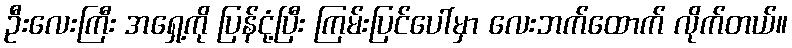
ဦးလေးကြီး အရှေ့ကို ပြန်ငုံ့ပြီး ကြမ်းပြင်ပေါ်မှာ လေးဘက်ထောက် လိုက်တယ်။